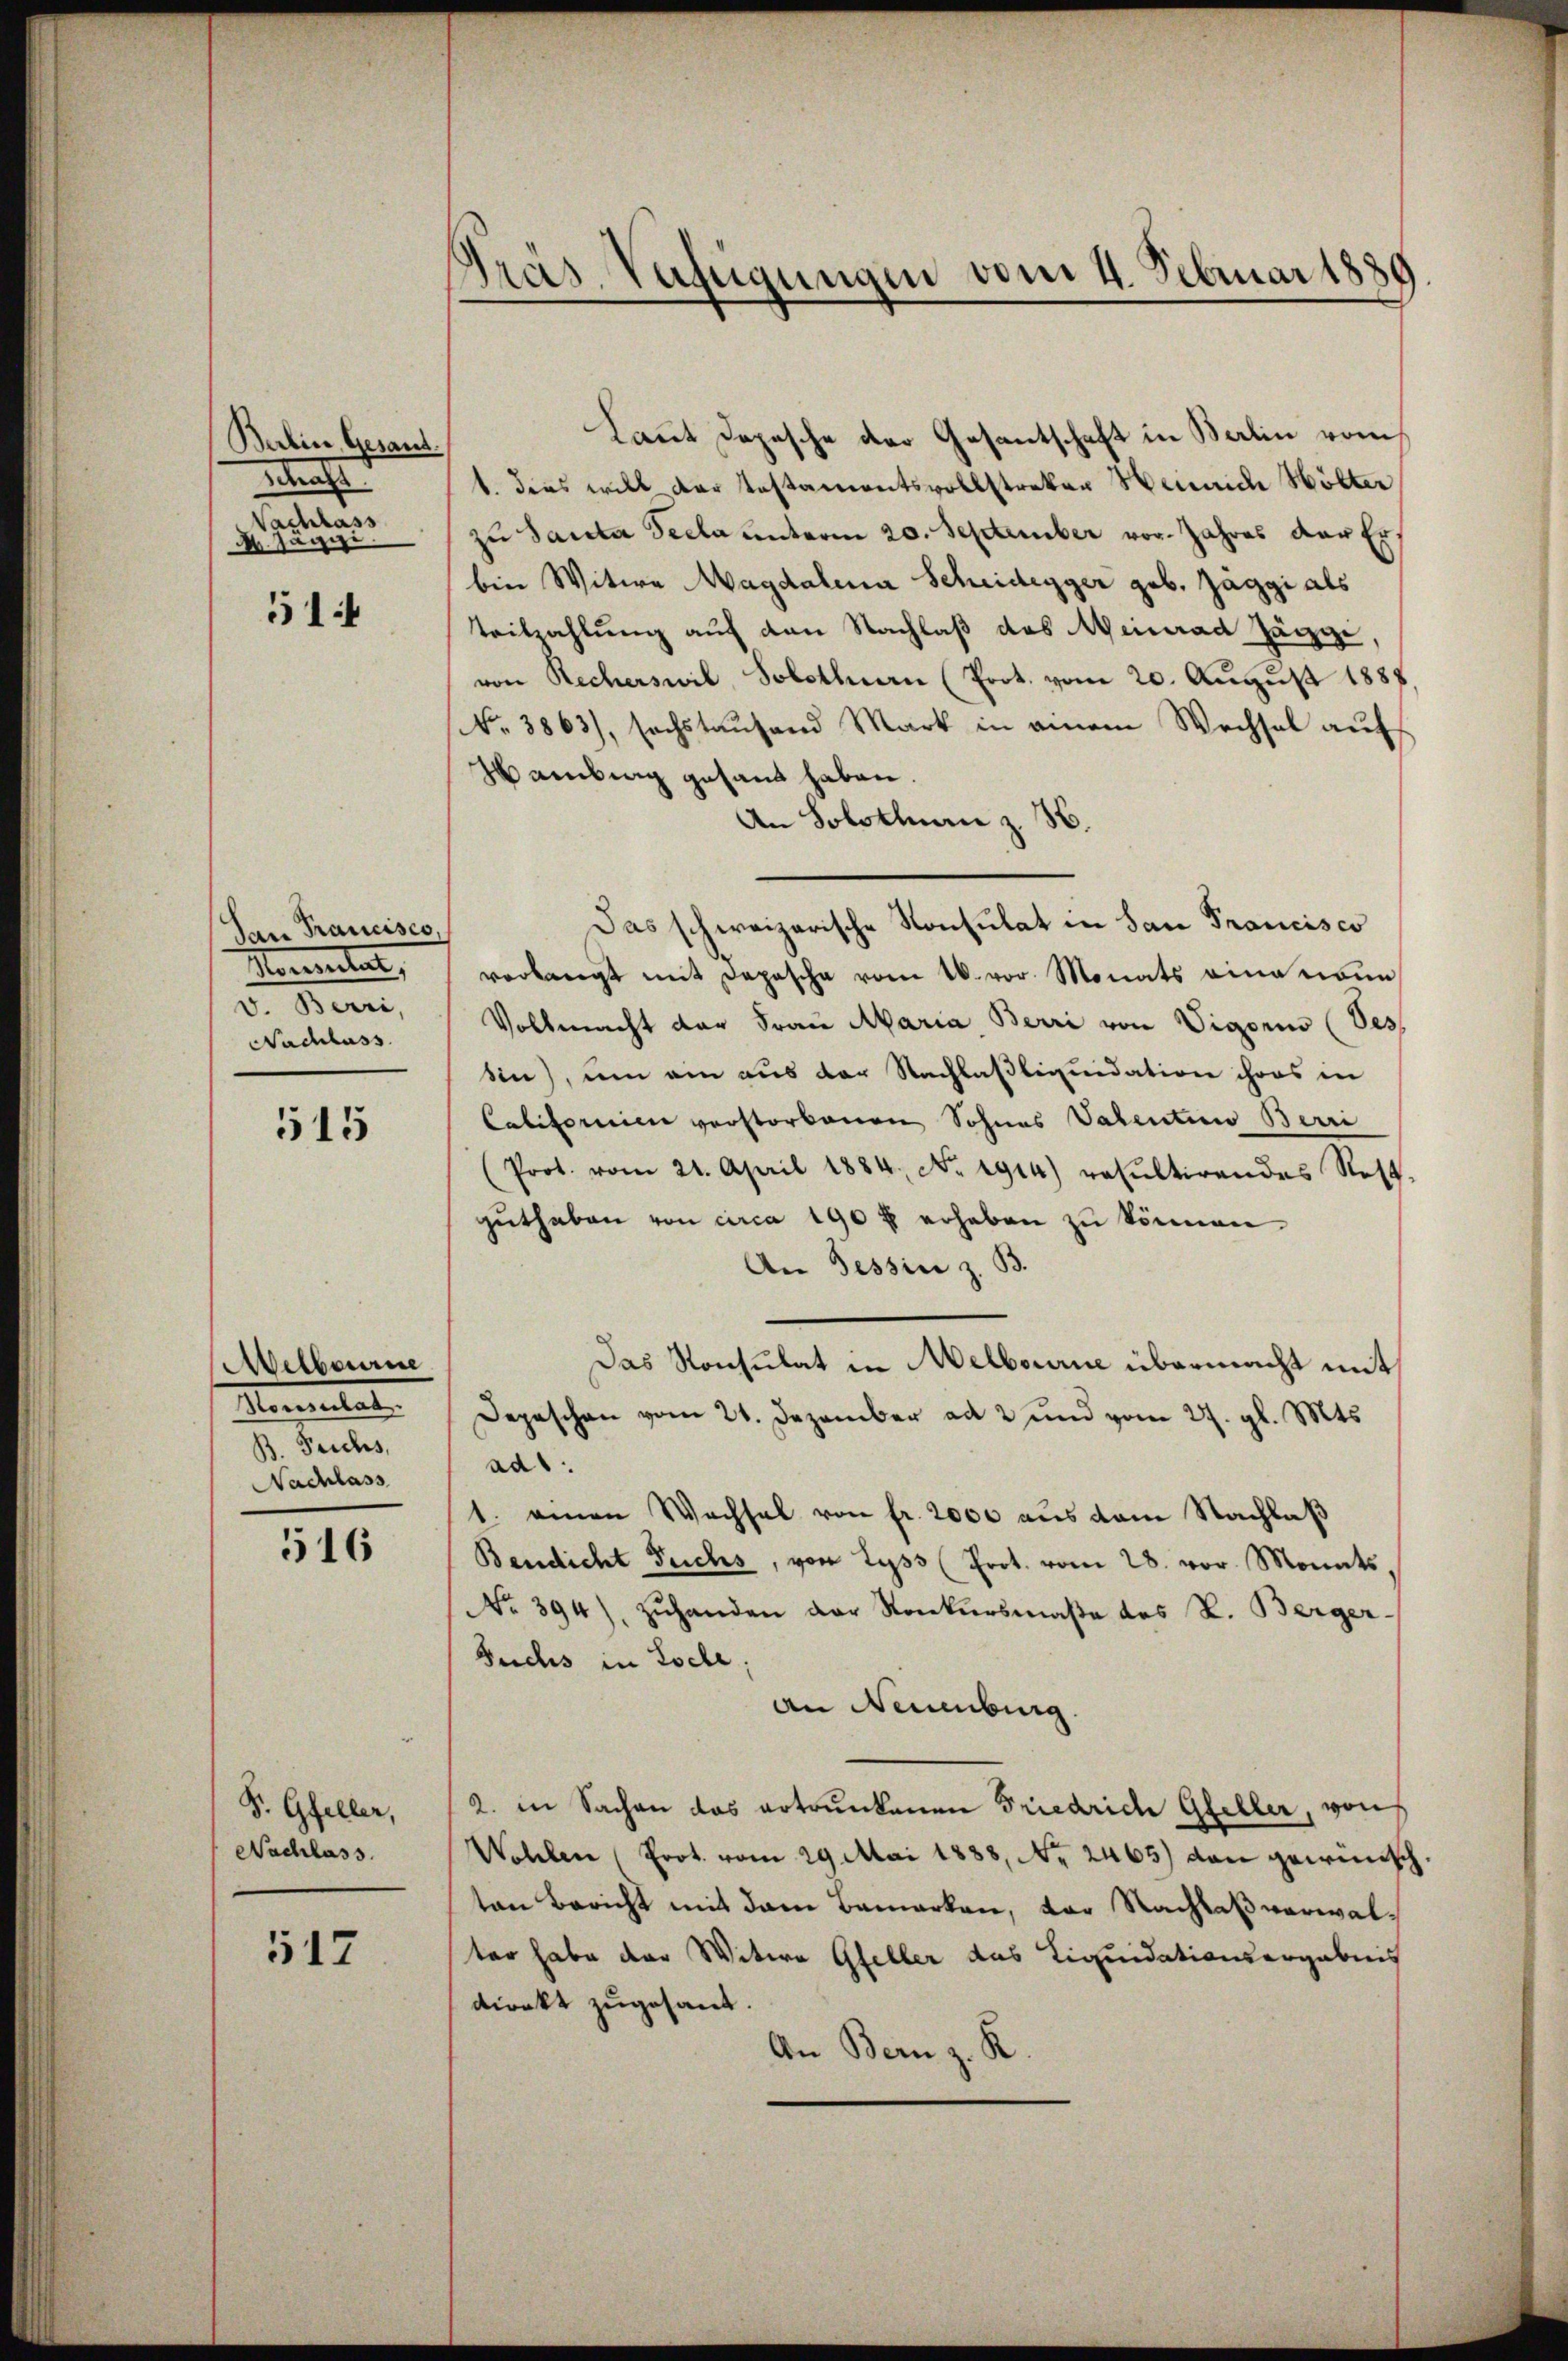
Berlin, Gesand
ass
Nachlass
M Jäggi.

51:

San Francisco,
Herten,
v. Barri,
Nachlass

515

Melbourne
Herulat
B. Teichs,
Nachlass

516

S. Gfeller,
Nachlass.

517

Gräs-Verfügungen vom 4. Februar 1889.

Laut Depesche der Gesantschaft in Berlin vom
1. dies will der Testamentsvollstreker Henrich Hölter
zu Santa Seela unterm 20. September vor. Jahres der Erbin Witwe Magdalena Scheidegger geb. Jaggi als
teilzahlung auf den Nachlaß des Meinrad Jägge
von Recherswil Solothurn (Prot. vom 20. August 1887
No. 3863), sechstaŭfend Mark in ainem Wechsel aŭf
Hambung gesandt haben.
An Solothurn z. H.
Das schweizerische Konsulat in San Francisco
verlangt mit Depesche vom 16. vor. Monats eine noue
Vollmacht der Frau Maria Berri von Vigoris (Bes
sin), um am aus der Nachlasliquidation ihres in
Cabitorium verstorbenen Sohnes Valentin Berri
(Prot. vom 21. April 1884, No. 1914) resultirendes Rest-
guthaben von circa 190 f erheben zu können
An Tessin z. B.
Das Konsulat in Melbourne übermacht mit
Depeschen vom 21. Dezember ad 2 und vom 27. gl. Mts.
ad1.
1. einen Wachsel von fr. 2000 aus dem Nachlaß
Bendicht Fuchs, von Lyss (Prot. vom 28. vor. Monats,
No 394) zŭhanden der Konkursmaße des L. Berger
Fuchs in Loche;
an Neuenburg
2. in Sachen das ertrunkenen Friedrich Gfeller, von
Wohlen (Prot. vom 29. Mai 1888, Nr. 2465) den gerenisch
ton Bericht mit dem Bemerken, der Nachlaß verwalter habe der Witwe Gfeller das Liquidationsergebnis
direkt zugesant.
An Bern z. R.